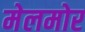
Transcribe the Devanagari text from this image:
मेलमोर